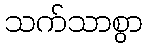
သက်သာစွာ